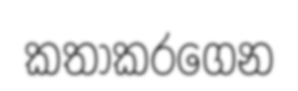
කතාකරගෙන